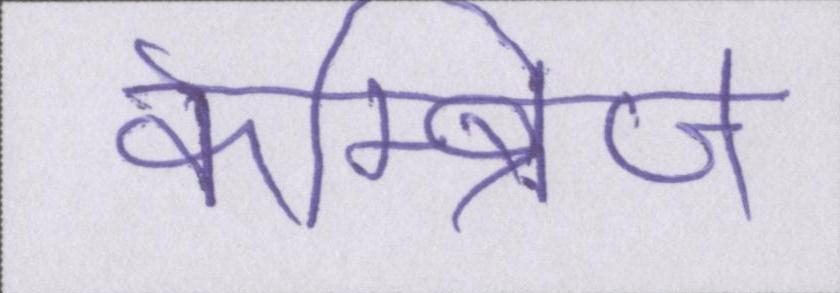
केम्ब्रिज